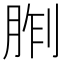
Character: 𪱢